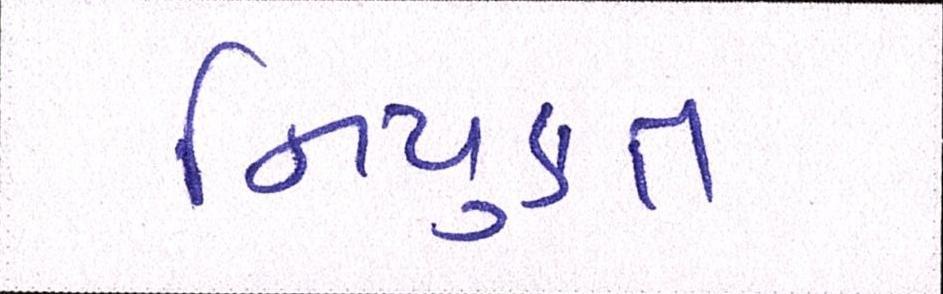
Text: નિયુકત